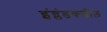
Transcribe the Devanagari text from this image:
इंग्लंडकडील